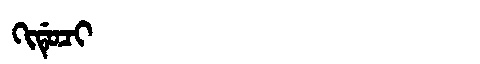
Manchu: ᡴᡳᡩᡠᠴᡳ
Romanization: KIDUCI